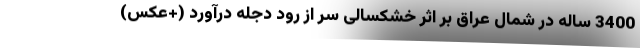
3400 ساله در شمال عراق بر اثر خشکسالی سر از رود دجله درآورد (+عکس)